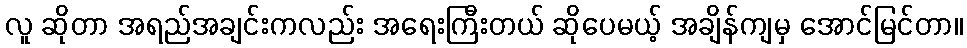
လူ ဆိုတာ အရည်အချင်းကလည်း အရေးကြီးတယ် ဆိုပေမယ့် အချိန်ကျမှ အောင်မြင်တာ။